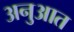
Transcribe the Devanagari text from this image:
अनुआत